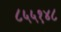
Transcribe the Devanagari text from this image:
८५५१४८